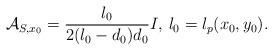
LaTeX: \begin{align*}\displaystyle{\cal A}_{S,x_0}=\frac{l_0}{\displaystyle 2(l_0-d_0)d_0}I,\,l_0=l_p(x_0,y_0).\end{align*}